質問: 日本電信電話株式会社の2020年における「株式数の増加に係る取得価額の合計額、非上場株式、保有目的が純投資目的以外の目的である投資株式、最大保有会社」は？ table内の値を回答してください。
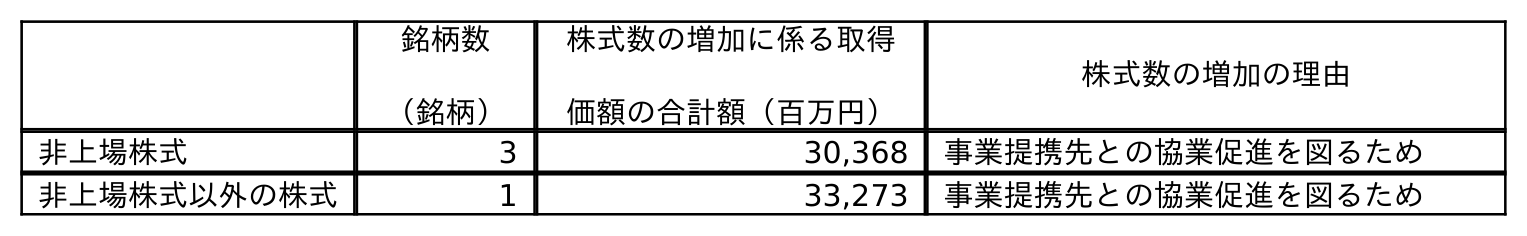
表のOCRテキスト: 銘柄数 （銘柄） 株式数の増加に係る取得 価額の合計額（百万円） 株式数の増加の理由 非上場株式 3 30,368 事業提携先との協業促進を図るため 非上場株式以外の株式 1 33,273 事業提携先との協業促進を図るため
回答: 30,368